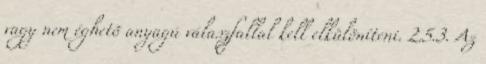
vagy nem éghetõ anyagú válaszfallal kell elkülöníteni. 2.5.3. Az